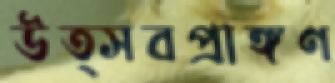
উত্সবপ্রাঙ্গণ